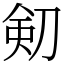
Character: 𠝏